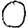
Digit: 0